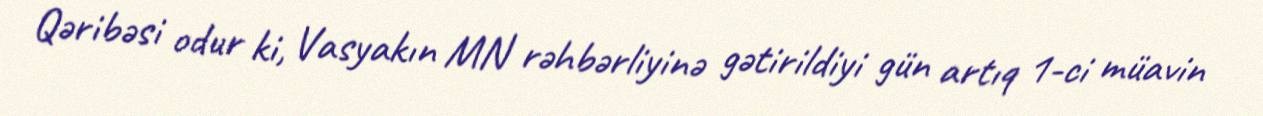
Qəribəsi odur ki, Vasyakın MN rəhbərliyinə gətirildiyi gün artıq 1-ci müavin